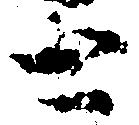
と